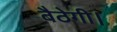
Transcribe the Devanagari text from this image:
बैठेगी।